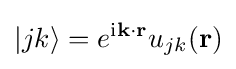
|jk\rangle =e^{\mathrm {i} \mathbf {k} \cdot \mathbf {r} }u_{jk}(\mathbf {r} )